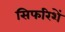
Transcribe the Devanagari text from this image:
सिफरिशें